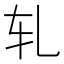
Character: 轧